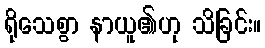
ရိုသေစွာ နာယူ၏ဟု သိခြင်း။